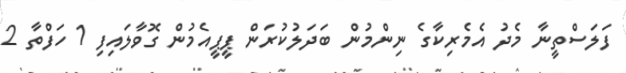
ފަލަސްތީނާ މެދު އެމެރިކާގެ ނިންމުން ބަދަލުކުރަން ޕީޕީއެމުން ގޮވާލައިފި 1 ހަފްތާ 2